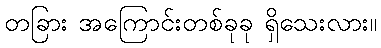
တခြား အကြောင်းတစ်ခုခု ရှိသေးလား။